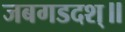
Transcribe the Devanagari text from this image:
जबगडदश्॥